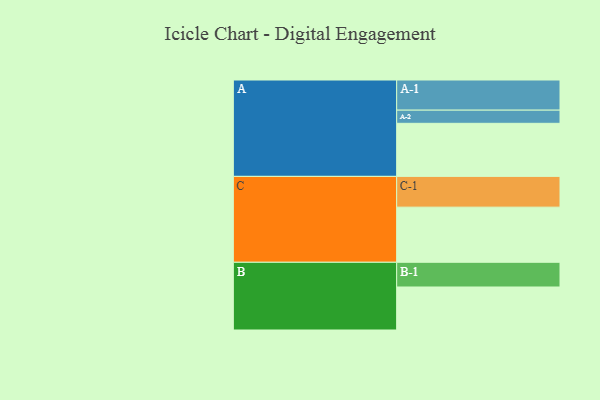
{"axis": {"x": "Segment", "y": "Value"}, "legend": ["", "A", "B", "C"], "data": [{"x": "A", "y": 507, "type": ""}, {"x": "B", "y": 411, "type": ""}, {"x": "C", "y": 527, "type": ""}, {"x": "A-1", "y": 288, "type": "A"}, {"x": "A-2", "y": 126, "type": "A"}, {"x": "B-1", "y": 236, "type": "B"}, {"x": "C-1", "y": 294, "type": "C"}]}